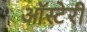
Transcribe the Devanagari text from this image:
ऑस्टेरी